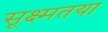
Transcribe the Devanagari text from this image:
सूक्ष्मतया